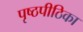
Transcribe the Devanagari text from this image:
पृष्ठपीठिका